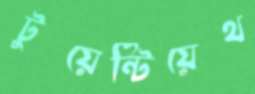
টুয়েন্টিয়েথ